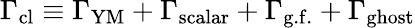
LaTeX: \Gamma_{\mathrm{cl}}\equiv\Gamma_{\mathrm{YM}}+\Gamma_{\mathrm{scalar}}+\Gamma_{\mathrm{g.f.}}+\Gamma_{\mathrm{ghost}}